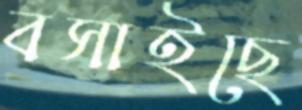
বসাইছে